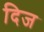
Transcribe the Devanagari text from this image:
दिज